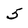
Character: 5